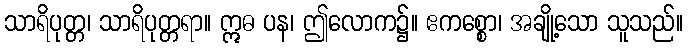
သာရိပုတ္တ၊ သာရိပုတ္တရာ။ ဣဓ ပန၊ ဤလောက၌။ ဧကစ္စော၊ အချို့သော သူသည်။